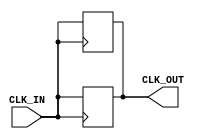
module clock_buffer (
    input wire CLK_IN,     // Input clock signal
    output reg CLK_OUT     // Buffered output clock signal
);

// Internal parameter to define the clock buffer delay
parameter BUFFER_DELAY = 1; // Adjust as necessary for your process

// Always block to create the buffered clock output
always @(posedge CLK_IN) begin
    #BUFFER_DELAY;          // Introduce a small delay
    CLK_OUT <= CLK_IN;      // Buffer the input clock signal
end

// Optional: Add a negative edge detection for completeness
always @(negedge CLK_IN) begin
    #BUFFER_DELAY;          // Introduce a small delay
    CLK_OUT <= CLK_IN;      // Buffer the input clock signal
end

endmodule